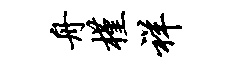
舟槿祥